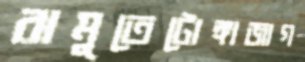
রামুতেটোঙ্গাজাগ